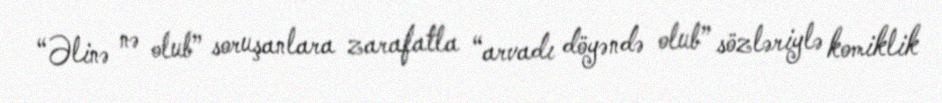
“Əlinə nə olub” soruşanlara zarafatla “arvadı döyəndə olub” sözləriylə komiklik